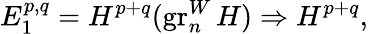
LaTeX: E_{1}^{p,q}=H^{p+q}(\operatorname{gr}_{n}^{W}H)\Rightarrow H^{p+q},